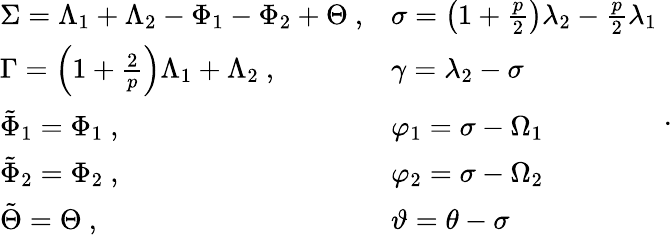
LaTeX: \begin{array}{ll}{\Sigma=\Lambda_{1}+\Lambda_{2}-\Phi_{1}-\Phi_{2}+\Theta\ ,}&{\sigma=\left(1+\frac{p}{2}\right)\lambda_{2}-\frac{p}{2}\lambda_{1}}\\ {\Gamma=\left(1+\frac{2}{p}\right)\Lambda_{1}+\Lambda_{2}\ ,}&{\gamma=\lambda_{2}-\sigma}\\ {\tilde{\Phi}_{1}=\Phi_{1}\ ,}&{\varphi_{1}=\sigma-\Omega_{1}}\\ {\tilde{\Phi}_{2}=\Phi_{2}\ ,}&{\varphi_{2}=\sigma-\Omega_{2}}\\ {\tilde{\Theta}=\Theta\ ,}&{\vartheta=\theta-\sigma}\end{array}\ .